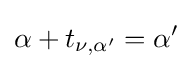
\alpha +t_{\nu ,\alpha '}=\alpha '